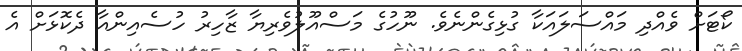
ކޯޓަށް ވެއްދި މައްސަލައަކާ ގުޅިގެންނެވެ. ނޫހުގެ މަސްއޫލުވެރިޔާ ޒާހިރު ހުސެއިންއާ ދެކޮޅަށް އެ